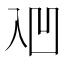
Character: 𰄑